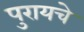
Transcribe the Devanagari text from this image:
पुरायचे